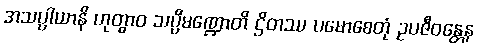
အသပ္ပါယာနိ ဟုတွာဝ သပ္ပိမဏ္ဍောတိ ဌိတဿ ပမောစေတုံ ဥပဇီဝန္တေန